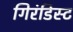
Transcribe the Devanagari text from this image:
गिरंडिस्ट